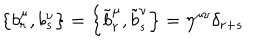
\left\{ b _ { r } ^ { \mu } , b _ { s } ^ { \nu } \right\} = \left\{ \tilde { b } _ { r } ^ { \mu } , \tilde { b } _ { s } ^ { \nu } \right\} = \eta ^ { \mu \nu } \delta _ { r + s }